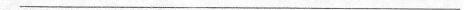
___